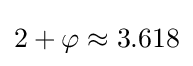
2+\varphi \approx 3.618